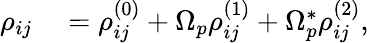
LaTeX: \begin{array}{rl}{\rho_{ij}}&{{}=\rho_{ij}^{(0)}+\Omega_{p}\rho_{ij}^{(1)}+\Omega_{p}^{*}\rho_{ij}^{(2)},}\end{array}